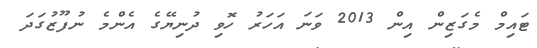
ޓައިމް މެގަޒިން އިން 2013 ވަނަ އަހަރު ހޮވި ދުނިޔޭގެ އެންމެ ނުފޫޒުގަދަ